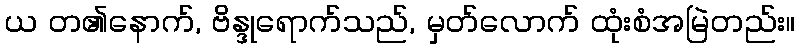
ယ တ၏နောက်, ဗိန္ဒုရောက်သည်, မှတ်လောက် ထုံးစံအမြဲတည်း။